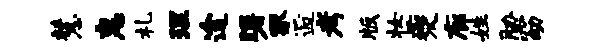
慧惠札理途曙冢逅考版妆夔廊姓胁窈